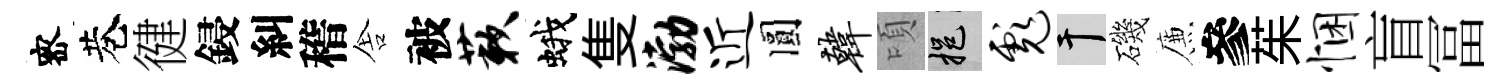
宻巷徤鋟糾稽舎被蔌蛾隻渤近圓韩頃挹彪干磯簾參茱悃盲冨